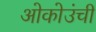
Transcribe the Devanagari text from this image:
ओकोउंची